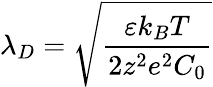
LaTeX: \lambda_{D}=\sqrt{\frac{\varepsilon k_{B}T}{2z^{2}e^{2}C_{0}}}